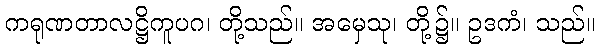
ကရုဏတာလဋ္ဌိကူပဂ၊ တို့သည်။ အမှေသု၊ တို့၌။ ဥဒကံ၊ သည်။